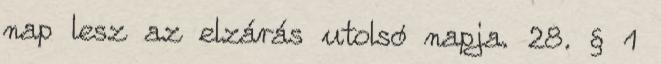
nap lesz az elzárás utolsó napja. 28. § 1